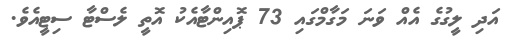
އަދި ލީގުގެ އެއް ވަނަ މަގާމްގައި 73 ޕޮއިންޓާއެކު އޮތީ ލެސްޓާ ސިޓީއެވެ.